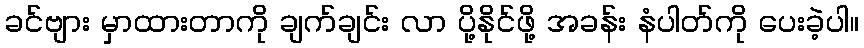
ခင်ဗျား မှာထားတာကို ချက်ချင်း လာ ပို့နိုင်ဖို့ အခန်း နံပါတ်ကို ပေးခဲ့ပါ။